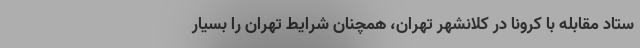
ستاد مقابله با کرونا در کلانشهر تهران، همچنان شرایط تهران را بسیار